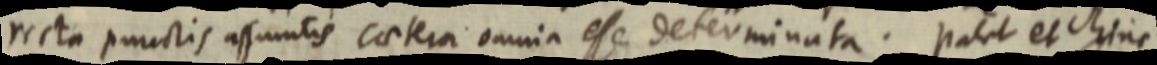
recta punctis assumtis caetera omnia esse determinata. patet et hinc